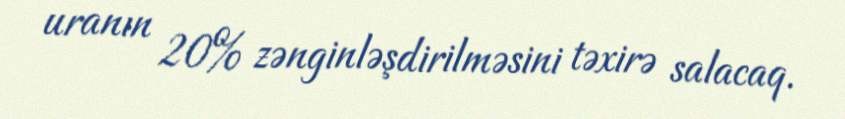
uranın 20% zənginləşdirilməsini təxirə salacaq.